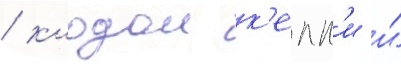
/ клодом к'елл'и и́